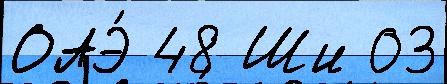
ОАЭ́ 48 Ши 03